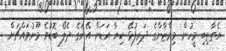
އެތާތިބި މީހުން މިރްޒާންގެ ދަރިފުޅޭ ކިޔާ އަޑަށް އޭނަގެ ދެލޯ ބޮޑުވެ މޫނުމައްޗަށް